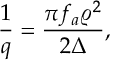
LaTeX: \frac { 1 } { q } = \frac { \pi f _ { a } \varrho ^ { 2 } } { 2 \Delta } ,